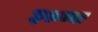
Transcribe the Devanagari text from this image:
इरुम्बा